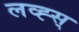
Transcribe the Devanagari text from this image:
लव्ह्स्